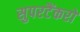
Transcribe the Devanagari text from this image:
सुपरटैंकरों